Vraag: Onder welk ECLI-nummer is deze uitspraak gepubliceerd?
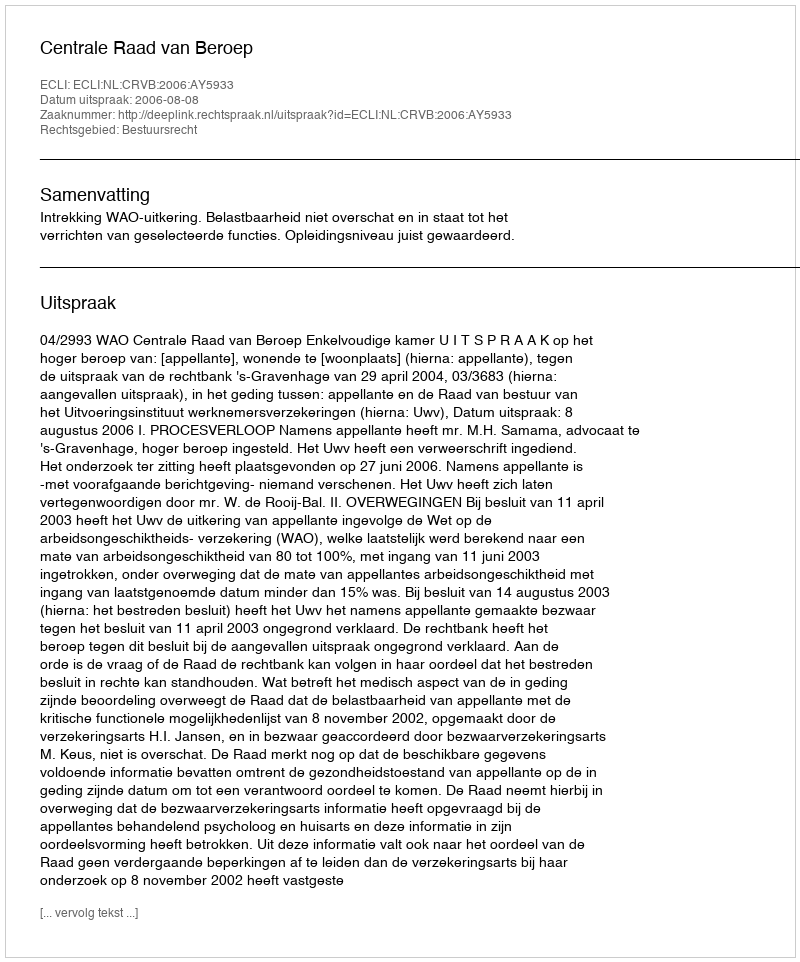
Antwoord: ECLI:NL:CRVB:2006:AY5933